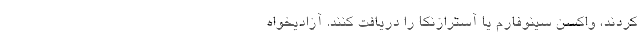
کردند، واکسن سینوفارم یا آسترازنکا را‌‌‌‌‌‌‌‌ دریافت کنند. آزادیخواه